Report on vaccination in the Province of Bengal - 1874-1889
Year: 1874
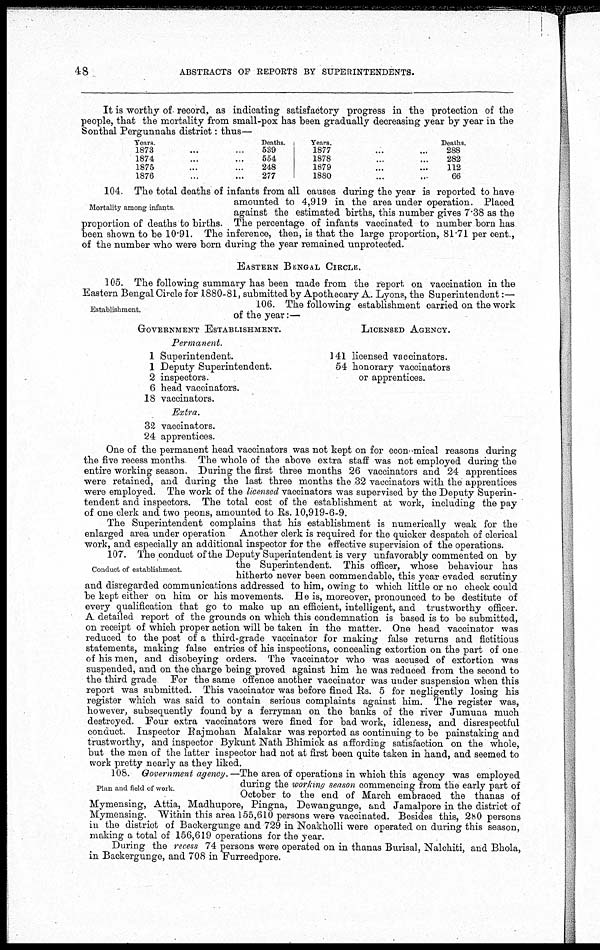
48
ABSTRACTS OF REPORTS BY SUPERINTENDENTS.
It is worthy of record, as indicating satisfactory progress in the protection of the
people, that the mortality from small-pox has been gradually decreasing year by year in the
Sonthal Pergunnahs district: thus—
Years.
1873 ... ...
1874 ... ...
1875 ... ...
1876 ... ...
Deaths.
539
554
248
277
Tears.
1877 ... ...
1878 ... ...
1879 ... ...
1880 ... ...
Deaths.
288
282
112
66
Mortality among infants.
104. The total deaths of infants from all causes during the year is reported to have
amounted to 4,919 in the area under operation. Placed
against the estimated births, this number gives 7.38 as the
proportion of deaths to births. The percentage of infants vaccinated to number born has
been shown to be 10.91. The inference, then, is that the large proportion, 81.71 per cent.,
of the number who were born during the year remained unprotected.
EASTERN BENGAL CIRCLE.
105. The following summary has been made from the report on vaccination in the
Eastern Bengal Circle for 1880-81, submitted by Apothecary A. Lyons, the Superintendent:—
Establishment.
106. The following establishment carried on the work
of the year:—
GOVERNMENT ESTABLISHMENT.
Permanent.
1 Superintendent.
1 Deputy Superintendent.
2 inspectors.
6 head vaccinators.
18 vaccinators.
Extra.
32 vaccinators.
24 apprentices.
LICENSED AGENCY.
141 licensed vaccinators.
54 honorary vaccinators
or apprentices.
One of the permanent head vaccinators was not kept on for economical reasons during
the five recess months The whole of the above extra staff was not employed during the
entire working season. During the first three months 26 vaccinators and 24 apprentices
were retained, and during the last three months the 32 vaccinators with the apprentices
were employed. The work of the licensed vaccinators was supervised by the Deputy Superin-
tendent and inspectors. The total cost of the establishment at work, including the pay
of one clerk and two peons, amounted to Rs. 10,919-6-9.
The Superintendent complains that his establishment is numerically weak for the
enlarged area under operation Another clerk is required for the quicker despatch of clerical
work, and especially an additional inspector for the effective supervision of the operations.
Conduct of establishment.
107. The conduct of the Deputy Superintendent is very unfavorably commented on by
the Superintendent. This officer, whose behaviour has
hitherto never been commendable, this year evaded scrutiny
and disregarded communications addressed to him, owing to which little or no check could
be kept either on him or his movements. He is, moreover, pronounced to be destitute of
every qualification that go to make up an efficient, intelligent, and trustworthy officer.
A detailed report of the grounds on which this condemnation is based is to be submitted,
on receipt of which proper action will be taken in the matter. One head vaccinator was
reduced to the post of a third-grade vaccinator for making false returns and fictitious
statements, making false entries of his inspections, concealing extortion on the part of one
of his men, and disobeying orders. The vaccinator who was accused of extortion was
suspended, and on the charge being proved against him he was reduced from the second to
the third grade For the same offence another vaccinator was under suspension when this
report was submitted. This vaccinator was before fined Rs. 5 for negligently losing his
register which was said to contain serious complaints against him. The register was,
however, subsequently found by a ferryman on the banks of the river Jumuna much
destroyed. Four extra vaccinators were fined for bad work, idleness, and disrespectful
conduct. Inspector Rajmohan Malakar was reported as continuing to be painstaking and
trustworthy, and inspector Bykunt Nath Bhimick as affording satisfaction on the whole,
but the men of the latter inspector had not at first been quite taken in hand, and seemed to
work pretty nearly as they liked.
Plan and field of work.
108. Government agency. —The area of operations in which this agency was employed
during the working season commencing from the early part of
October to the end of March embraced the thanas of
Mymensing, Attia, Madhupore, Pingna, Dewangunge, and Jamalpore in the district of
Mymensing. Within this area 155,610 persons were vaccinated. Besides this, 280 persons
in the district of Backergunge and 729 in Noakholli were operated on during this season,
making a total of 156,619 operations for the year.
During the recess 74 persons were operated on in thanas Burisal, Nalchiti, and Bhola,
in Backergunge, and 708 in Furreedpore.